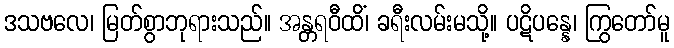
ဒသဗလေ၊ မြတ်စွာဘုရားသည်။ အန္တရဝီထိံ၊ ခရီးလမ်းမသို့။ ပဋိပန္နေ၊ ကြွတော်မူ